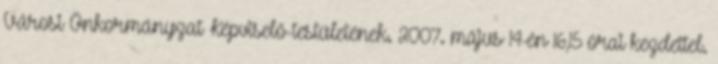
Városi Önkormányzat Képviselő-testületének. 2007. május 14-én 16,15 órai kezdettel.